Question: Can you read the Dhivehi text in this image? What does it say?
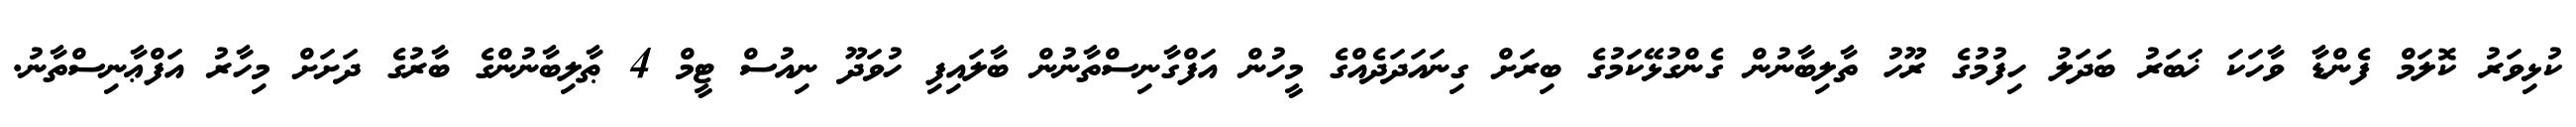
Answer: ކުޅިވަރު ކޮލަމް ފެންޑާ ވާހަކަ ޚަބަރު ބަދަލު ހިފުމުގެ ރޫހު ތާލިބާނުން ގެންގުޅޭކަމުގެ ބިރަށް ގިނައަދަދެއްގެ މީހުން އަފްގާނިސްތާނުން ބާލައިފި ހުވަދޫ ނިއުސް ޓީމް 4 ޠާލިބާނުންގެ ބާރުގެ ދަށަށް މިހާރު އަފްޢާނިސްތާނު.